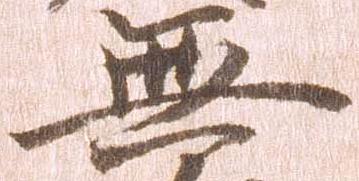
無